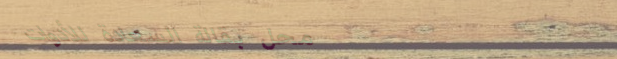
محل بقالة السعادة للأدوات